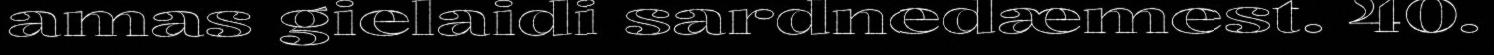
amas gielaidi sardnedæmest. 40.